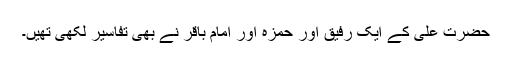
حضرت علی کے ایک رفیق اور حمزہ اور امام باقر نے بھی تفاسیر لکھی تھیں۔